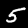
Digit: 5